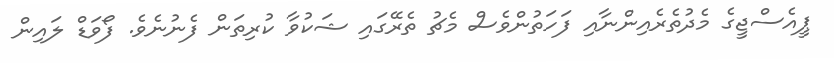
ޕީއެސްޖީގެ މެދުތެރެއިންނާއި ފަހަތުންވެސް މެޗު ތެރޭގައި ޝަކުވާ ކުރިތަން ފެނުނެވެ. ފޯވަޑް ލައިން